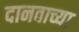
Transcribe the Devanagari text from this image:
दानवाच्या